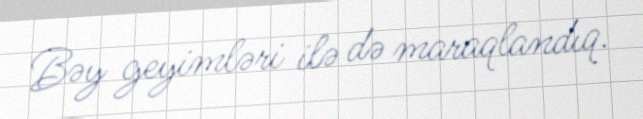
Bəy geyimləri ilə də maraqlandıq.